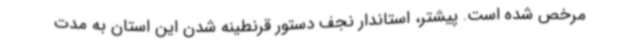
مرخص شده است. پیشتر، استاندار نجف دستور قرنطینه شدن این استان به مدت